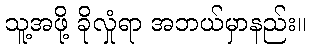
သူ့အဖို့ ခိုလှုံရာ အဘယ်မှာနည်း။